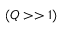
( Q > > 1 )